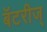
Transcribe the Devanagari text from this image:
बॅटरीज्